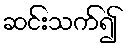
ဆင်းသက်၍